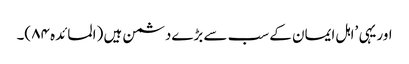
اوریہی ’اہل ایمان کے سب سے بڑےدشمن ہیں (المائدہ ۸۴)۔